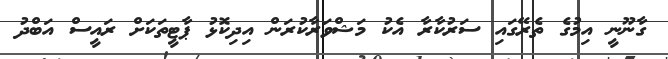
ގާނޫނީ އިމުގެ ތެރޭގައި ސަރުކާރާ އެކު މަޝްވަރާކުރަން އިދިކޮޅު ޕާޓީތަކަށް ރައީސް އަބްދު